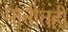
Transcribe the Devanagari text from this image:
मानीतही